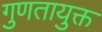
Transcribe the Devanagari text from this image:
गुणतायुक्त